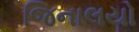
જિનાલયો